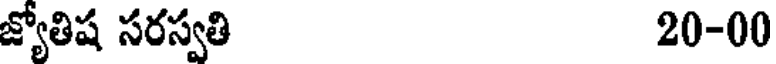
జ్యోతిష సరస్వతి 20-00